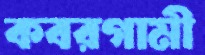
কবরগামী